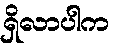
ရှိလာပါက